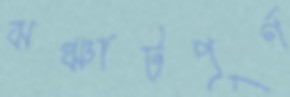
ঝঞ্ঝাটপূর্ণ